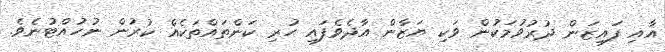
އާއި ފައިޒަން ދުރުވުމަކުން ވަކި ޔަޒާން އާދެވެފައި ހުރި ކަންތައްތަކެއް ކުރުން ނުހުއްޓުނެވެ.